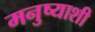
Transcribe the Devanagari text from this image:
मनुष्याशी